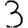
Digit: 3